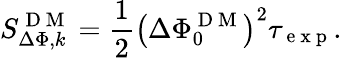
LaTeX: S_{\Delta\Phi,k}^{\mathrm{~D~M~}}=\frac{1}{2}\left(\Delta\Phi_{0}^{\mathrm{~D~M~}}\right)^{2}\tau_{\mathrm{~e~x~p~}}.